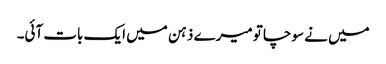
میں نے سوچا تو میرے ذہن میں ایک بات آئی۔